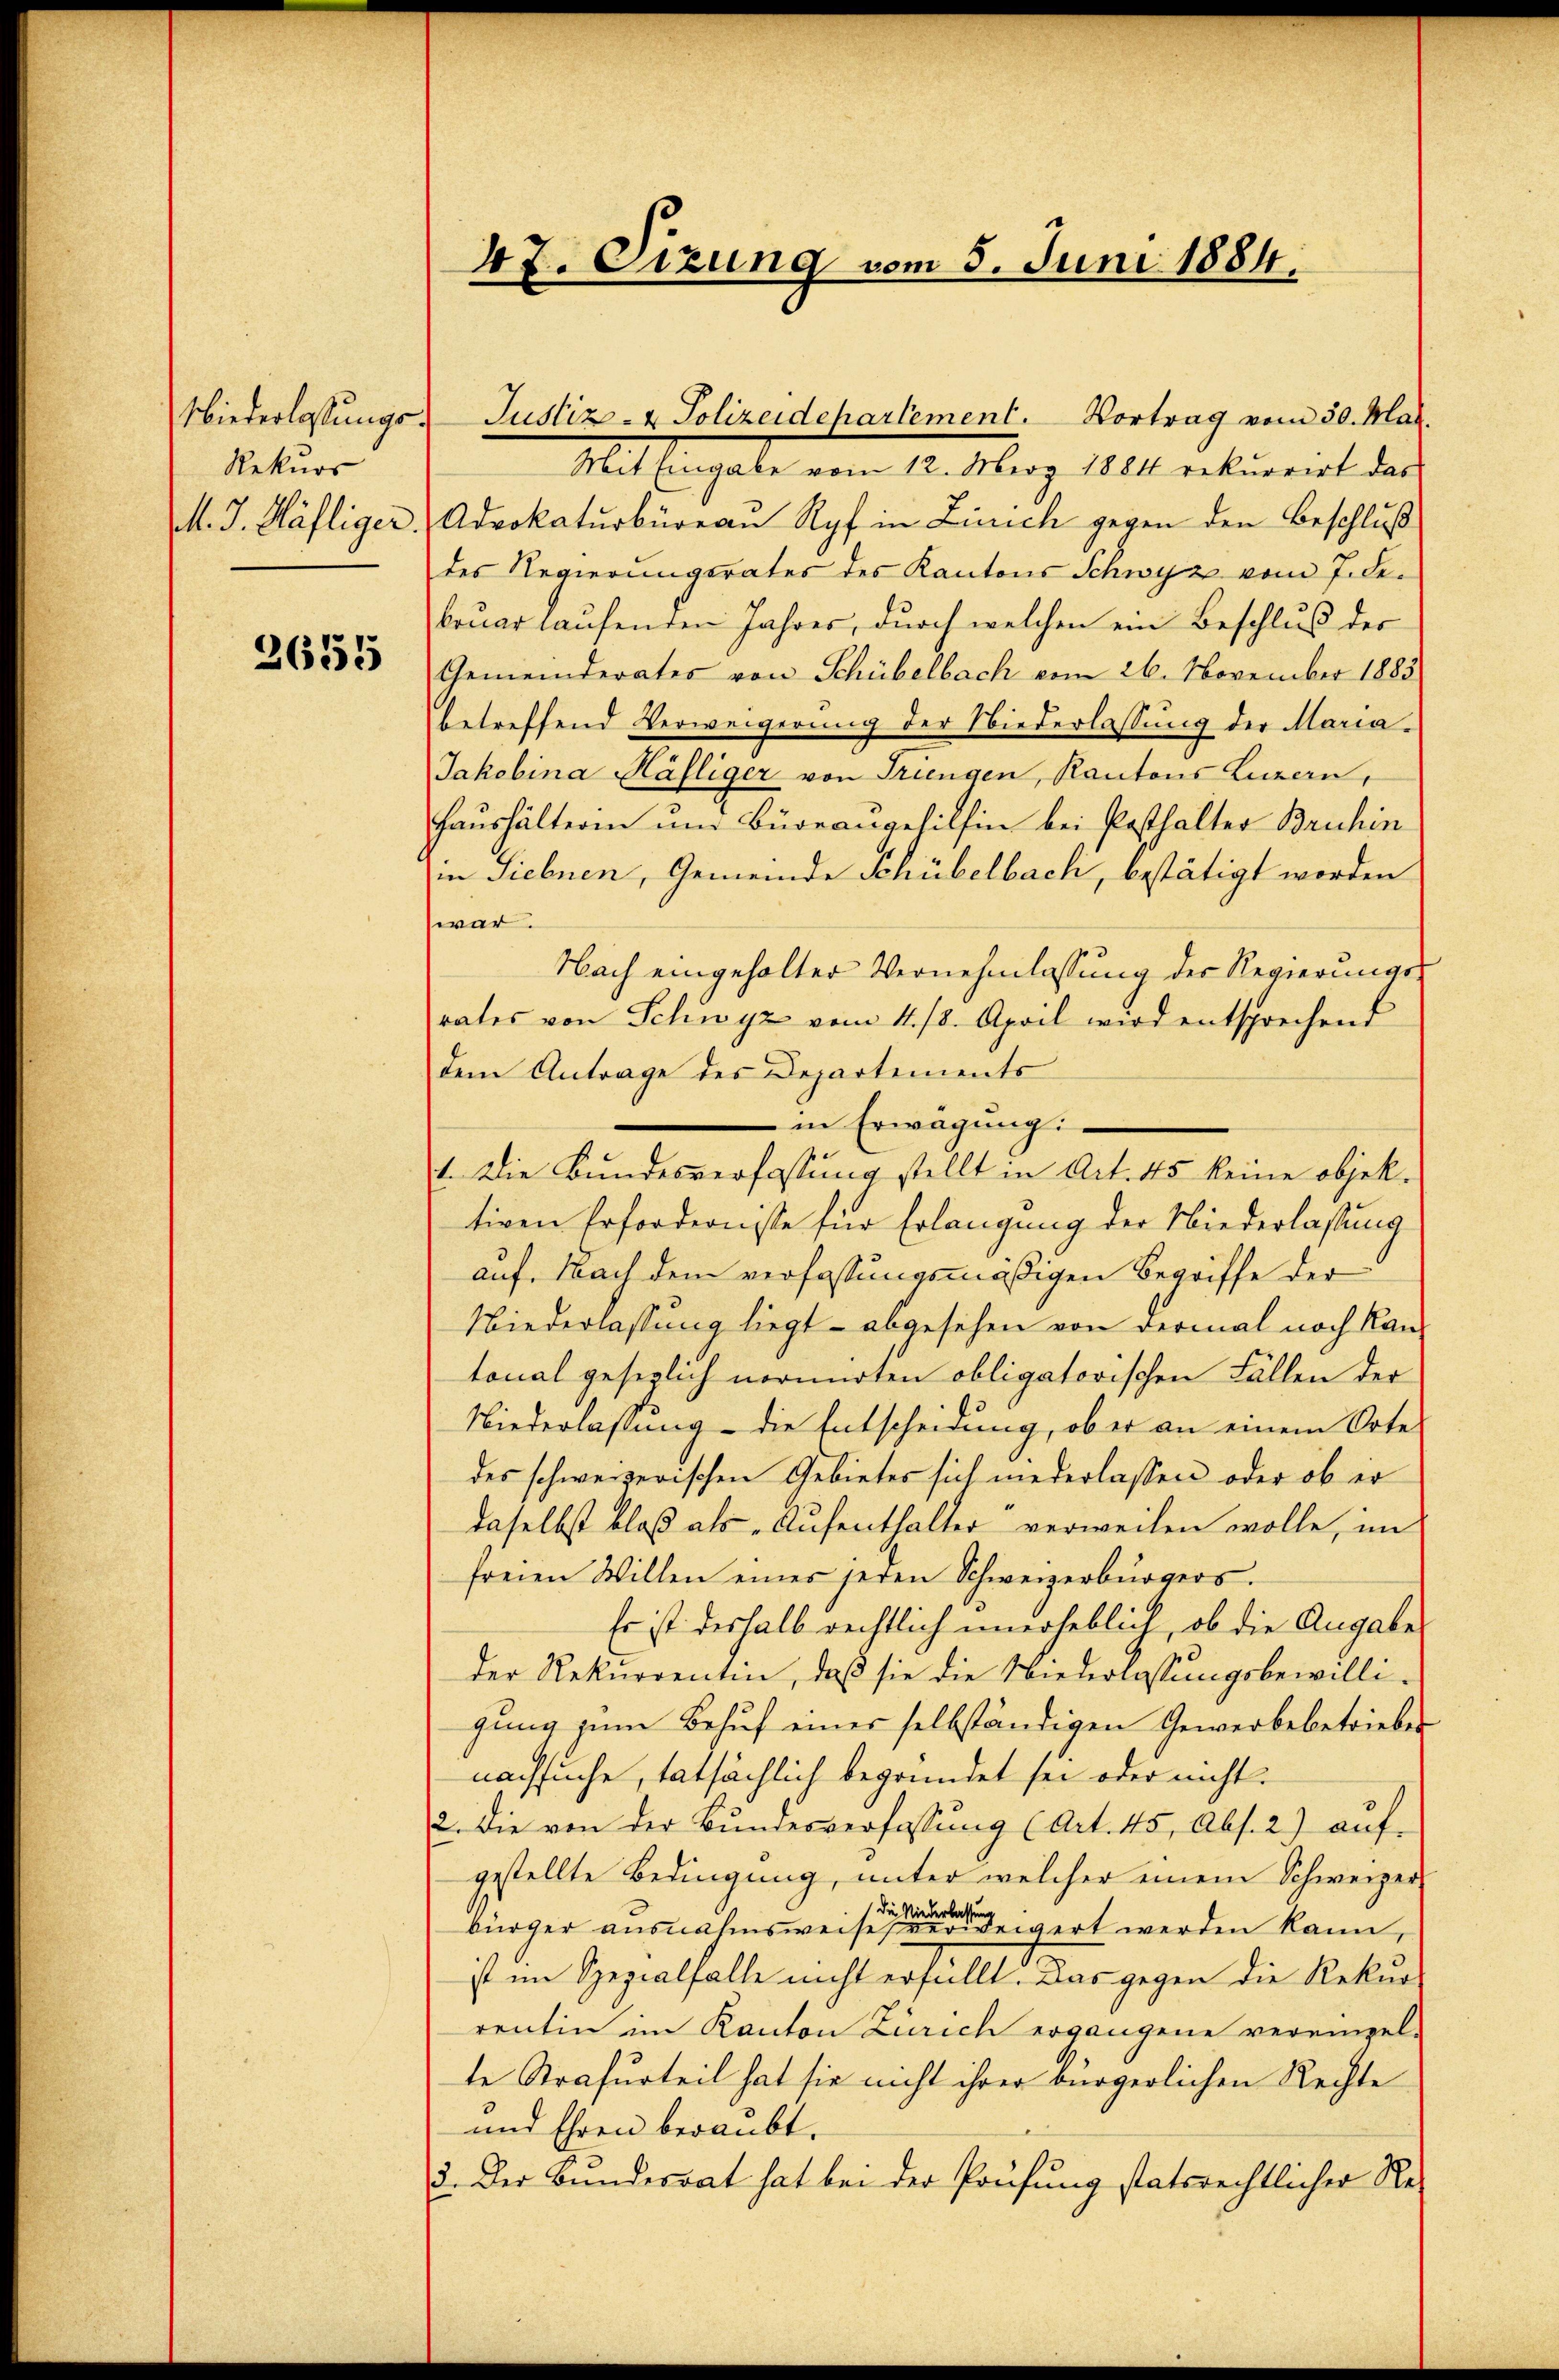
Niederlassungs¬
Rekurs
M. J. Häfliger
2651

47. Sizung vom 5. Juni 1884.

Mit Eingabe vom 12. Merz 1884 rekurrirt das
Advokaturbüreau Ryf in Linich gegen den Beschluß
des Regierungsrates des Kantons Schwyz vom 7. debruar laufenden Jahres, durch welchen ein Beschluß des
Gemeinderates von Schübelbach vom 26. November 1885
betreffend Verweigerung der Niederlassung der Maria¬
Jakobina Häfliger von Triengen, Kantons Luzern,
Haushälterin um Büreangehilfen bei Pesthalter Bruhin
in Siebnen, Gemeinde Schübelbach, bestätigt worden
war.
Nach eingeholter Vernehmlassung der Regierungsrates von Schwyz vom 11. 18. April wird entsprechend
dem Antrage des Departements
in Erwägung:
1. Die Bundesverfassung stellt in Art. 45 keine objek-
tiven Erfordernisse für Erlangung der Niederlassung
auf. Nach dem verfassungsmäßigen Begriffe der
Niederlassung liegt – abgesehen von dermal noch kan
tonal gesezlich normirten obligatorischen Fällen der
Niederlassung - die Entscheidung, ob er an einem Orte
des schweizerischen Gebietes sich niederlassen, oder ob er
daselbst bloß als „Aufenthalter verweilen wolle, im
freien Willen eines seien Schweizerbürgers.
Es ist deshalb rechtlich unerheblich, ob die Angabes
der Rekurrentin, daβ sie die Niederlassŭngsbewilli-
gung zum Behuf einer selbständigen Gewerbebetrieber
nachsuche, tatsächlich begründet sei oder nicht.
2. Die von der Bundesverfassung (Art. 45, Abs. 2) auf-
gestellte Bedingung, unter welcher einem Schweizer-
bürger ausnahmsweise eigert werden kann,
ist im Spezialfalle nicht erfüllt. Das gegen die Rekurs
rentin im Kanton Zürich ergangene vereinzel-
te Strafurteil hat sie nicht ihrer bürgerlichen Rechte
und Ehren beraubt.
3. Der Bundesrat hat bei der Prüfung statsrechtlicher Re-

Justiz- & Polizeidepartement. Vortrag vom 30. Mai.